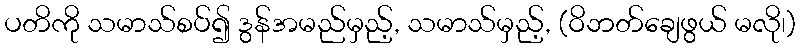
ပတိကို သမာသ်စပ်၍ ဒွန်အမည်မှည့်, သမာသ်မှည့်, (ဝိဘတ်ချေဖွယ် မလို၊)